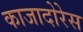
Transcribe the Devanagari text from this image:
काजादोरेस